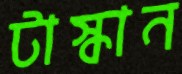
টাস্কান